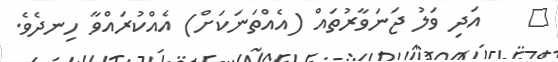
٥    އަދި ވަލު ޖަނަވާރުތައް (އެއްތަނަކަށް) އެއްކުރައްވާ ހިނދެވެ.